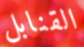
القنابل